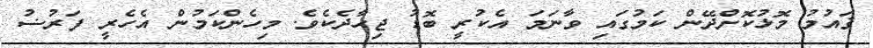
ޤައުމު މޮޅުކޮށްދޭން ކަމުގައި ވާނަމަ އެކުރީ ބޮޑު ޖިހާދެކެވެ. މިހެންކަމުން އެހެރީ ފަރުޟު